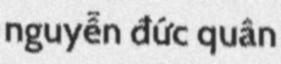
nguyễn đức quân